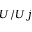
U / U j